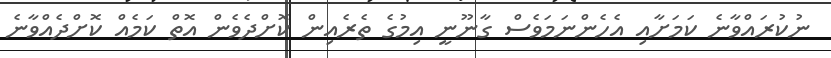
ނުކުރައްވާނެ ކަމަށާއި އެހެންނަމަވެސް ގާނޫނީ އިމުގެ ތެރެއިން ކޮށްދެވެން އޮތް ކަމެއް ކޮށްދެއްވާނެ